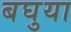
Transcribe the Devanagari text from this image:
बघुया